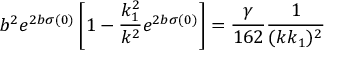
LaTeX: b ^ { 2 } e ^ { 2 b \sigma ( 0 ) } \left[ 1 - \frac { k _ { 1 } ^ { 2 } } { k ^ { 2 } } e ^ { 2 b \sigma ( 0 ) } \right] = \frac { \gamma } { 1 6 2 } \frac { 1 } { ( k k _ { 1 } ) ^ { 2 } }